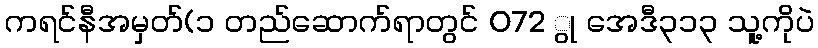
ကရင်နီအမှတ်(၁ တည်ဆောက်ရာတွင် 072 ွု အေဒီ၃၁၃ သူ့ကိုပဲ